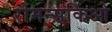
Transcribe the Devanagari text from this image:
रोमन्सकिओ